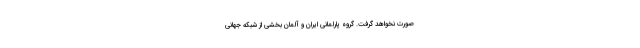
صورت نخواهد گرفت. گروه پارلمانی ایران و آلمان بخشی از شبکه جهانی